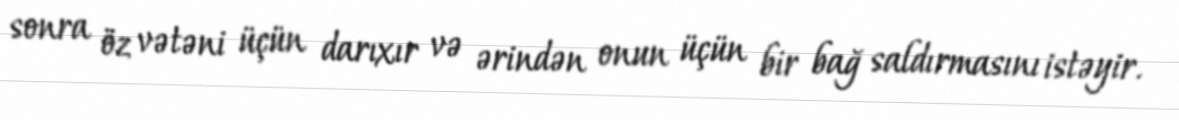
sonra öz vətəni üçün darıxır və ərindən onun üçün bir bağ saldırmasını istəyir.